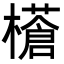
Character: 𭬝